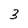
Character: 3